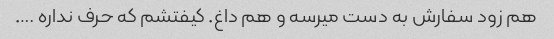
هم زود سفارش به دست میرسه و هم داغ. کیفتشم که حرف نداره ….